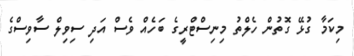
މިކަމާ ގުޅޭ ގޮތުން ހެލްތު މިނިސްޓްރީގެ ބަހެއް ވެސް އަދި ސިވިލް ސާވިސްގެ